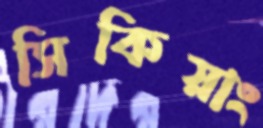
সিকিয়াং